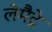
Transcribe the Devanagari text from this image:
लेमैट्रे